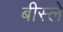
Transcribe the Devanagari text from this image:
बीस्ले